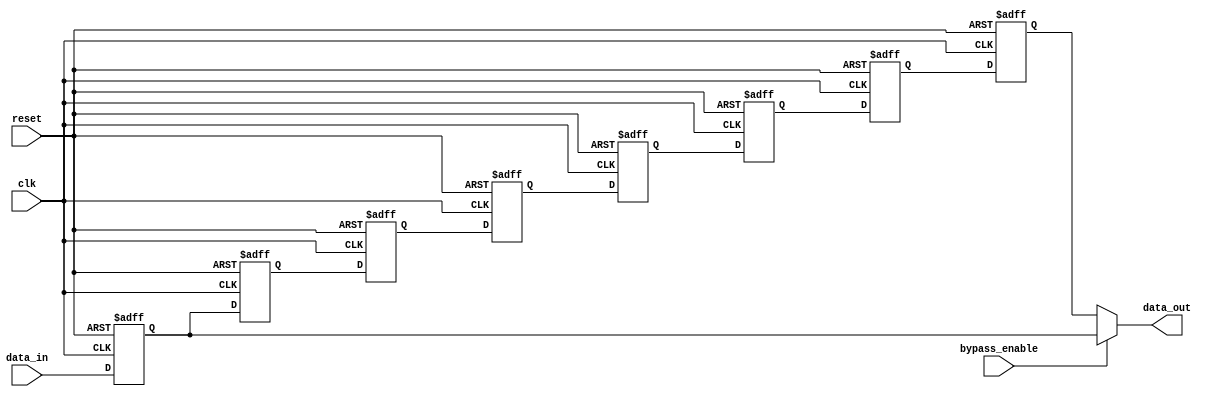
module register(
    input wire clk,
    input wire reset,
    input wire bypass_enable,
    input wire [7:0] data_in,
    output reg [7:0] data_out
);

reg [7:0] register0, register1, register2, register3, register4, register5, register6, register7;

always @(posedge clk or posedge reset) begin
    if (reset) begin
        register0 <= 8'b0;
        register1 <= 8'b0;
        register2 <= 8'b0;
        register3 <= 8'b0;
        register4 <= 8'b0;
        register5 <= 8'b0;
        register6 <= 8'b0;
        register7 <= 8'b0;
    end else begin
        if (bypass_enable) begin
            register0 <= data_in;
            register1 <= register0;
            register2 <= register1;
            register3 <= register2;
            register4 <= register3;
            register5 <= register4;
            register6 <= register5;
            register7 <= register6;
        end else begin
            register0 <= data_in;
            register1 <= register0;
            register2 <= register1;
            register3 <= register2;
            register4 <= register3;
            register5 <= register4;
            register6 <= register5;
            register7 <= register6;
        end
    end
end

assign data_out = bypass_enable ? register0 : register7;

endmodule